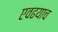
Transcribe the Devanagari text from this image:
एवढयाच